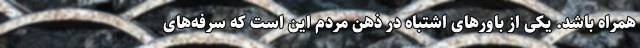
همراه باشد. یکی از باورهای اشتباه در ذهن مردم این است که سرفه‌های